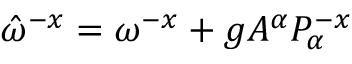
\hat { \omega } ^ { - x } = \omega ^ { - x } + g A ^ { \alpha } { \cal P } _ { \alpha } ^ { - x }